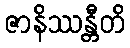
ဇာနိဿန္တီတိ